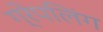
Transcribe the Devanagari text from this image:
ग्रेपलिंग